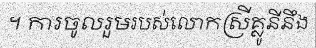
។ ការចូលរួមរបស់លោកស្រីគ្លូនីនឹង